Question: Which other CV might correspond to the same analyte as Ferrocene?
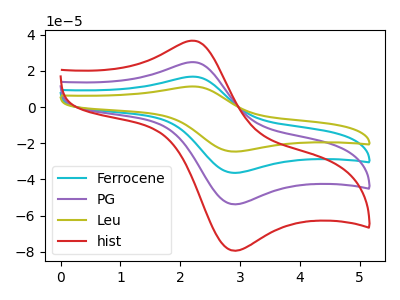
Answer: <think>The cyan curve "Ferrocene" has an anodic peak at (2.20V, 49.65uA) and a cathodic peak at (2.95V, -107.40uA). The purple curve "PG" has an anodic peak at (2.20V, 24.80uA) and a cathodic peak at (2.95V, -53.70uA). The olive curve "Leu" has an anodic peak at (2.20V, 74.45uA) and a cathodic peak at (2.95V, -161.05uA). The red curve "hist" has an anodic peak at (2.20V, 36.65uA) and a cathodic peak at (2.95V, -79.30uA).
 All the peaks in "Ferrocene" have a peak in "PG" at the same potential. Every peak in "Ferrocene" is higher than every peak in "PG". All the peaks in "Ferrocene" have a peak in "Leu" at the same potential. Every peak in "Ferrocene" is lower than every peak in "Leu". All the peaks in "Ferrocene" have a peak in "hist" at the same potential. Every peak in "Ferrocene" is higher than every peak in "hist". All the peaks in "PG" have a peak in "Leu" at the same potential. Every peak in "PG" is lower than every peak in "Leu". All the peaks in "PG" have a peak in "hist" at the same potential. Every peak in "PG" is lower than every peak in "hist". All the peaks in "Leu" have a peak in "hist" at the same potential. Every peak in "Leu" is higher than every peak in "hist".</think>
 <answer>"Ferrocene", "PG" and "Leu" have a similar shape to "hist".</answer>
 <eval>"Ferrocene" "PG" "Leu"</eval>